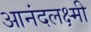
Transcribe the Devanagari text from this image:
आनंदलक्ष्मी